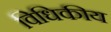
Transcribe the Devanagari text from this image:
विधिकीय